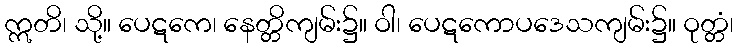
ဣတိ၊ သို့။ ပေဋကေ၊ နေတ္တိကျမ်း၌။ ဝါ၊ ပေဋကောပဒေသကျမ်း၌။ ဝုတ္တံ၊